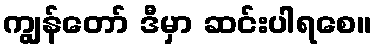
ကျွန်တော် ဒီမှာ ဆင်းပါရစေ။